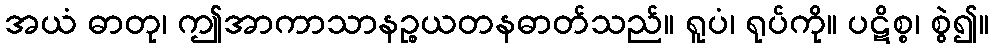
အယံ ဓာတု၊ ဤအာကာသာနဉ္စယတနဓာတ်သည်။ ရူပံ၊ ရုပ်ကို။ ပဋိစ္စ၊ စွဲ၍။